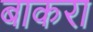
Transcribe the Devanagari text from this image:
बाकरा